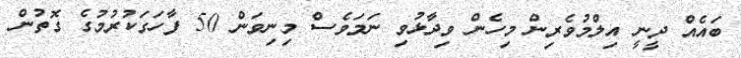
ބައެއް ދީނީ އިލްމުވެރިން މިހެން ވިދާޅުވި ނަމަވެސް މިނިވަން 50 ފާހަގަކުރުމުގެ ގޮތުން